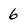
Character: 6